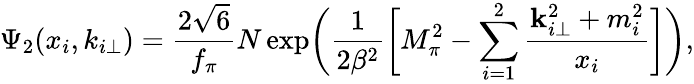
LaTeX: \Psi_{2}(x_{i},k_{i\perp})={\frac{2\sqrt{6}}{f_{\pi}}}N\exp\biggl(\frac{1}{2\beta^{2}}\biggl[M_{\pi}^{2}-\sum_{i=1}^{2}\frac{{\mathbf k}_{i\perp}^{2}+m_{i}^{2}}{x_{i}}\biggr]\biggr),